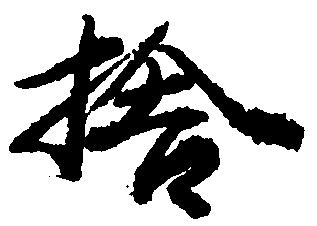
捨